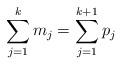
LaTeX: \begin{align*}\sum_{j=1}^km_j=\sum_{j=1}^{k+1}p_j\end{align*}